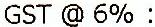
GST @ 6% :